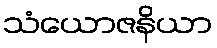
သံယောဇနိယာ